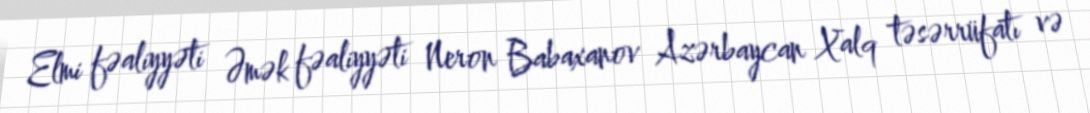
Elmi fəaliyyəti Əmək fəaliyyəti Neron Babaxanov Azərbaycan Xalq təsərrüfatı və